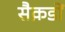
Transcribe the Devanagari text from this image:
सैक़डों